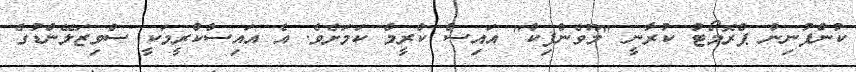
ކުންފުނިން ޕްރޮމޯޓު ކުރާނީ "މޫވެންޕިކް" އައިސް ކްރީމް ކަމަށެވެ. އެ އައިސްކްރީމަކީ ސްވިޒަލޭންޑުގެ